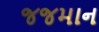
જજમાન